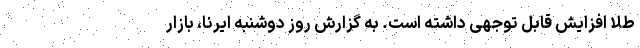
طلا افزایش قابل توجهی داشته است. به گزارش روز دوشنبه ایرنا، بازار